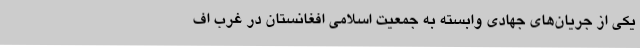
یکی از جریان‌های جهادی وابسته به جمعیت اسلامی افغانستان در غرب اف